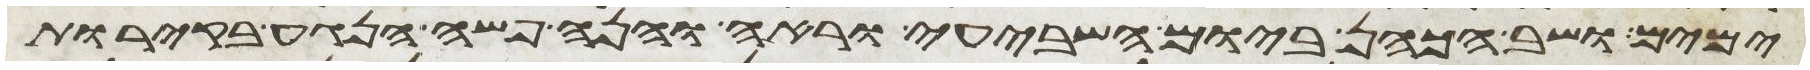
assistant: ימים ושב הכהן ביום השביעי וראה והנה פשה הנגע בקירות